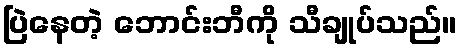
ပြဲနေတဲ့ ဘောင်းဘီကို သီချုပ်သည်။